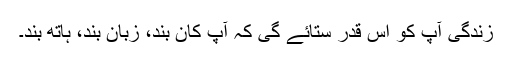
زندگی آپ کو اس قدر ستائے گی کہ آپ کان بند، زبان بند، ہاتھ بند۔